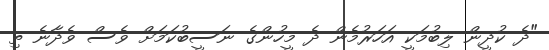
"ދެ ކުދީން ލިބުމަކީ އަހަރުމެން ދެ މީހުންގެ ނަސީބުކަމަށް ވެސް ވެދާނެ ތި